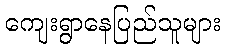
ကျေးရွာနေပြည်သူများ